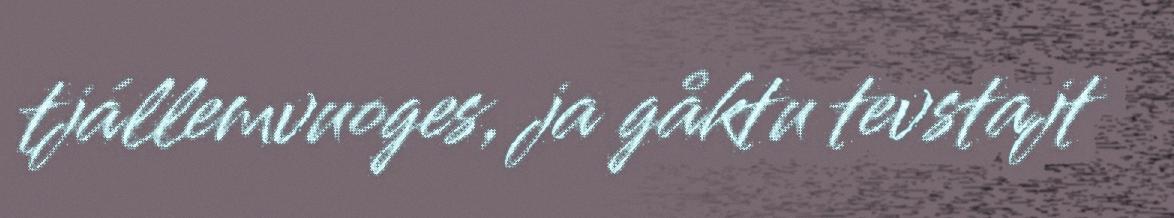
tjállemvuoges, ja gåktu tevstajt